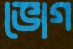
ভোগ